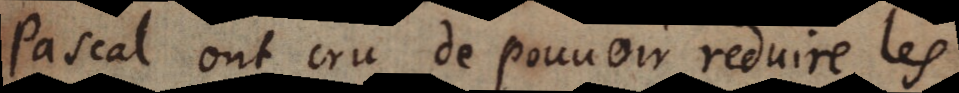
Pascal ont cru de pouvoir reduire les